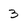
Character: 3